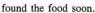
found the food soon.